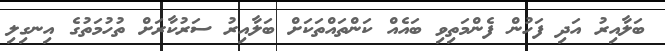
ބަލާއިރު އަދި ފަހުން ފެންމަތިވި ބައެއް ކަންތައްތަކަށް ބަލާއިރު ސަރުކާރަށް ތުހުމަތުގެ އިނގިލި